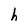
Character: h